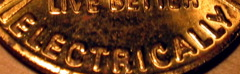
ELECTRICALLY